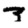
Digit: 3